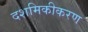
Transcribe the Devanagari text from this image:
दशमिकीकरण